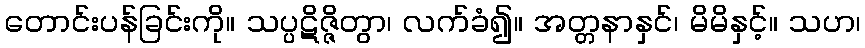
တောင်းပန်ခြင်းကို။ သပ္ပဋိဇ္ဇိတွာ၊ လက်ခံ၍။ အတ္တနာနှင်၊ မိမိနှင့်။ သဟ၊